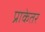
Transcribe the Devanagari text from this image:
प्राकेतर